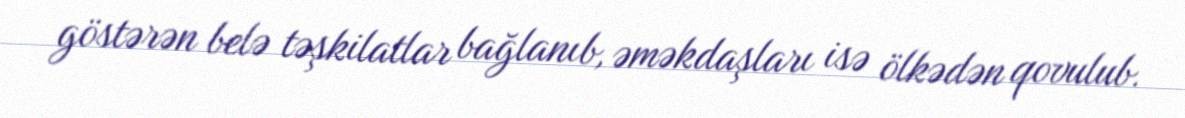
göstərən belə təşkilatlar bağlanıb, əməkdaşları isə ölkədən qovulub.